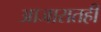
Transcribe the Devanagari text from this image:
आजारातही